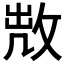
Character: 𢽘